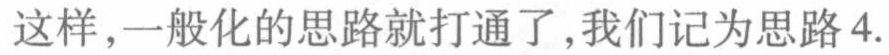
这样，一般化的思路就打通了,我们记为思路 4.